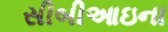
સીબીઆઇના